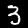
Label: 3